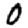
Digit: 0